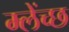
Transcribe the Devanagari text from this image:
म्लेंच्छ